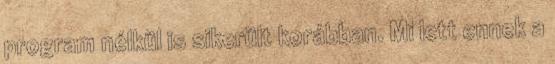
program nélkül is sikerült korábban. Mi lett ennek a